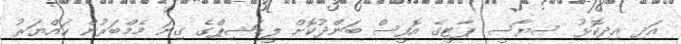
އަދި އިދިކޮޅު ސިޔާސީ ޕާޓީގެ އޮފީސް ބަންދުކޮށް ލީޑަޝިޕްގެ ގިނަ މެމްބަރުން ހައްޔަރު